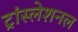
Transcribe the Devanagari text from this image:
ट्रांस्लेशनल